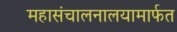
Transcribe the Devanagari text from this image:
महासंचालनालयामार्फत